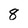
Character: 8